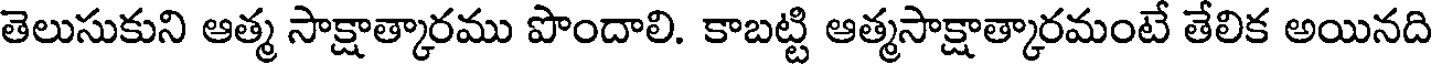
తెలుసుకుని ఆత్మ సాక్షాత్కారము పొందాలి. కాబట్టి ఆత్మసాక్షాత్కారమంటే తేలిక అయినది